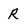
Character: R